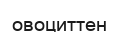
овоциттен